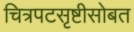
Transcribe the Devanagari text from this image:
चित्रपटसृष्टीसोबत